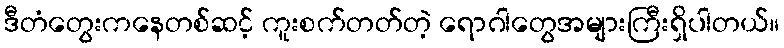
ဒီတံတွေးကနေတစ်ဆင့် ကူးစက်တတ်တဲ့ ရောဂါတွေအများကြီးရှိပါတယ်။